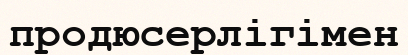
продюсерлігімен